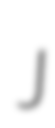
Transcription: J